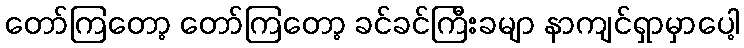
တော်ကြတော့ တော်ကြတော့ ခင်ခင်ကြီးခမျာ နာကျင်ရှာမှာပေါ့